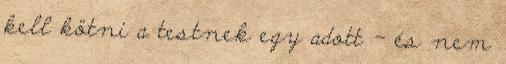
kell kötni a testnek egy adott - és nem